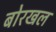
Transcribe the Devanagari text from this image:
बोरखल